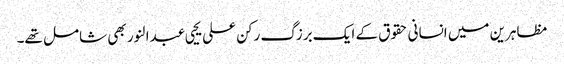
مظاہرین میں انسانی حقوق کے ایک برزگ رکن علی یحیی عبدالنور بھی شامل تھے۔